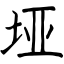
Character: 垭